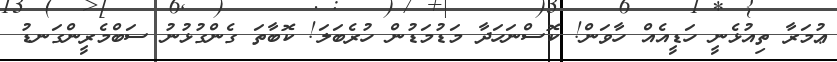
ޢުމަރާ ތިއުޅެނީ ހަޑީއެއް ހާވަން! ކޮސްނަހަދާ މަޑުމަޑުން ހުރެބަލަ! ކޮބާތަ ގެންގުޅުނު ސަބްމެރީންގަނޑު